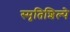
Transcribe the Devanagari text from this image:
स्मृतिशिल्पे